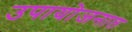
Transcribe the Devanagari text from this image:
उपायोजनात